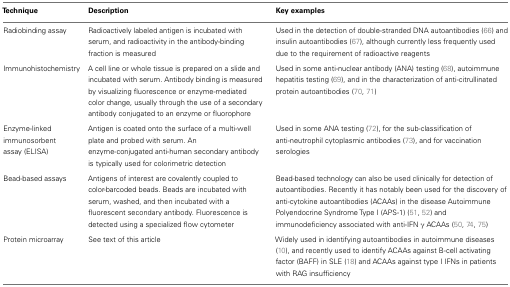
<table><thead><tr><td><b>Technique</b></td><td><b>Description</b></td><td><b>Key examples</b></td></tr></thead><tbody><tr><td>Radiobinding assay</td><td>Radioactively labeled antigen is incubated with serum, and radioactivity in the antibody-binding fraction is measured</td><td>Used in the detection of double-stranded DNA autoantibodies (66) and insulin autoantibodies (67), although currently less frequently used due to the requirement of radioactive reagents</td></tr><tr><td>Immunohistochemistry</td><td>A cell line or whole tissue is prepared on a slide and incubated with serum. Antibody binding is measured by visualizing fluorescence or enzyme-mediated color change, usually through the use of a secondary antibody conjugated to an enzyme or fluorophore</td><td>Used in some anti-nuclear antibody (ANA) testing (68), autoimmune hepatitis testing (69), and in the characterization of anti-citrullinated protein autoantibodies (70, 71)</td></tr><tr><td>Enzyme-linked immunosorbent assay (ELISA)</td><td>Antigen is coated onto the surface of a multi-well plate and probed with serum. An enzyme-conjugated anti-human secondary antibody is typically used for colorimetric detection</td><td>Used in some ANA testing (72), for the sub-classification of anti-neutrophil cytoplasmic antibodies (73), and for vaccination serologies</td></tr><tr><td>Bead-based assays</td><td>Antigens of interest are covalently coupled to color-barcoded beads. Beads are incubated with serum, washed, and then incubated with a fluorescent secondary antibody. Fluorescence is detected using a specialized flow cytometer</td><td>Bead-based technology can also be used clinically for detection of autoantibodies. Recently it has notably been used for the discovery of anti-cytokine autoantibodies (ACAAs) in the disease Autoimmune Polyendocrine Syndrome Type I (APS-1) (51, 52) and immunodeficiency associated with anti-IFN γ ACAAs (50, 74, 75)</td></tr><tr><td>Protein microarray</td><td>See text of this article</td><td>Widely used in identifying autoantibodies in autoimmune diseases (10), and recently used to identify ACAAs against B-cell activating factor (BAFF) in SLE (18) and ACAAs against type I IFNs in patients with RAG insufficiency</td></tr></tbody></table>